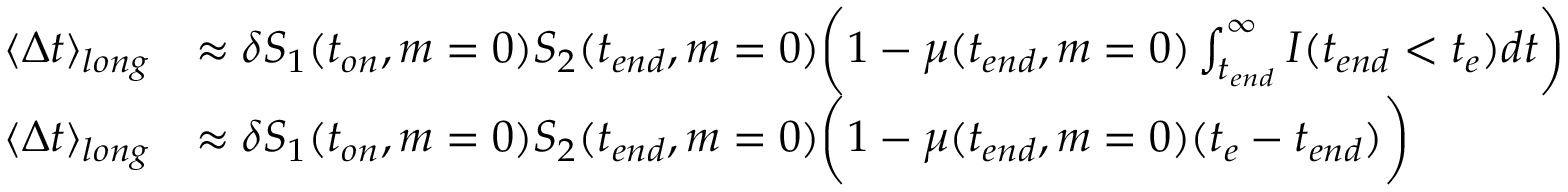
\begin{array} { r l } { \langle \Delta t \rangle _ { l o n g } } & { \approx \delta S _ { 1 } ( t _ { o n } , m = 0 ) S _ { 2 } ( t _ { e n d } , m = 0 ) \bigg ( 1 - \mu ( t _ { e n d } , m = 0 ) \int _ { t _ { e n d } } ^ { \infty } I ( t _ { e n d } < t _ { e } ) d t \bigg ) } \\ { \langle \Delta t \rangle _ { l o n g } } & { \approx \delta S _ { 1 } ( t _ { o n } , m = 0 ) S _ { 2 } ( t _ { e n d } , m = 0 ) \bigg ( 1 - \mu ( t _ { e n d } , m = 0 ) ( t _ { e } - t _ { e n d } ) \bigg ) } \end{array}